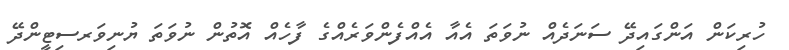
ހުރިކަން އަންގައިދޭ ސަނަދެއް ނުވަތަ އެއާ އެއްފެންވަރެއްގެ ފާހެއް އޮތުން ނުވަތަ ޔުނިވަރސިޓީންދޭ